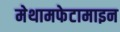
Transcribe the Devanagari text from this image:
मेथामफेटामाइन